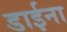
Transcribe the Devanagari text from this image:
डाईना